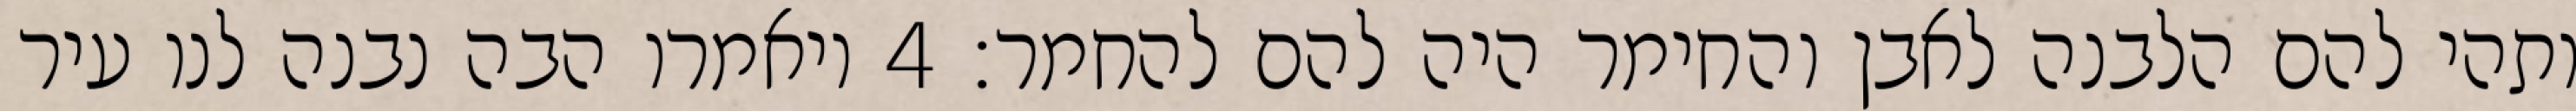
ותהי להם הלבנה לאבן והחימר היה להם להחמר׃ ‎4‏ ויאמרו הבה נבנה לנו עיר